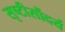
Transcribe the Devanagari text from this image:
सृष्टीसौंदर्य